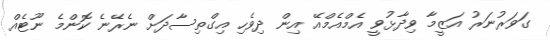
ގަވަރުނަރު އަޒީމާ ވިދާޅުވީ އެމްއެމްއޭ އިން ދިވެހި އިގްތިސާދަށް ނެރޭނެ ކޮންމެ ނޫޓެއް